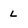
Character: L